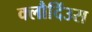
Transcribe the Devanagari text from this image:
क्लौदिंउस